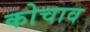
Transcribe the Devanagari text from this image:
कोचाव